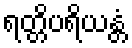
ရတ္တိပရိယန္တံ